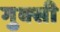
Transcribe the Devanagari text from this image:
गुक्सी